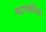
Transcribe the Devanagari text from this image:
चापकीय।